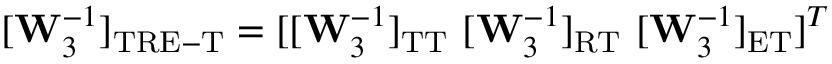
[ \mathbf { W } _ { 3 } ^ { - 1 } ] _ { \mathrm { T R E - T } } = [ [ \mathbf { W } _ { 3 } ^ { - 1 } ] _ { \mathrm { T T } } \ [ \mathbf { W } _ { 3 } ^ { - 1 } ] _ { \mathrm { R T } } \ [ \mathbf { W } _ { 3 } ^ { - 1 } ] _ { \mathrm { E T } } ] ^ { T }